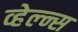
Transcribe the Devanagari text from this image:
व्हेल्न्स